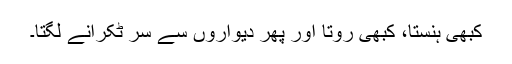
کبھی ہنستا، کبھی روتا اور پھر دیواروں سے سر ٹکرانے لگتا۔